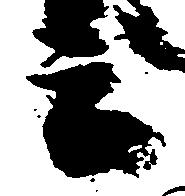
言